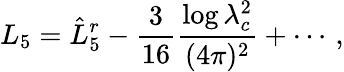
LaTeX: L_{5}=\hat{L}_{5}^{r}-\frac{3}{16}\frac{\log\lambda_{c}^{2}}{(4\pi)^{2}}+\cdots\, ,